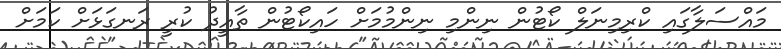
މައްސަލާގައި ކްރިމިނަލް ކޯޓުން ނިންމި ނިންމުމަށް ހައިކޯޓުން ތާއީދު ކުރީ ރަނގަޅަށް ކަމަށް